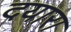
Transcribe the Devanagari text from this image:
दयारा